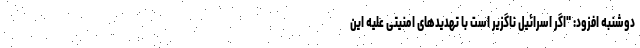
دوشنبه افزود: "اگر اسرائیل ناگزیر است با تهدیدهای امنیتی علیه این